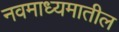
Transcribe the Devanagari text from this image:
नवमाध्यमातील